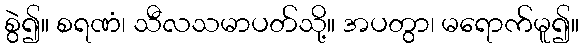
စွဲ၍။ စရဏံ၊ သီလသမာပတ်သို့။ အပတွာ၊ မရောက်မူ၍။